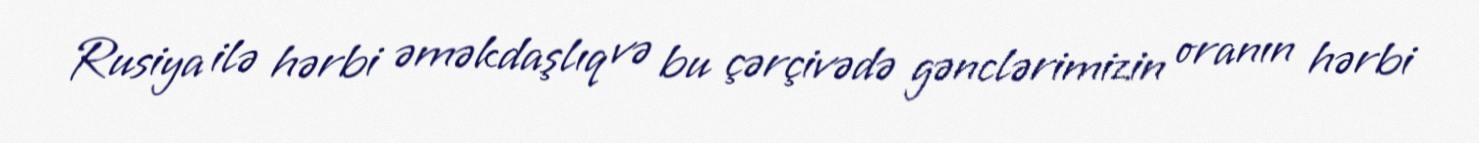
Rusiya ilə hərbi əməkdaşlıq və bu çərçivədə gənclərimizin oranın hərbi